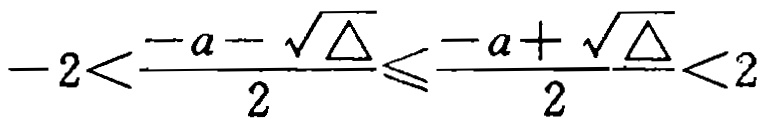
\(-2<\frac{-a - \sqrt{\Delta}}{2}\leqslant\frac{-a + \sqrt{\Delta}}{2}<2\)